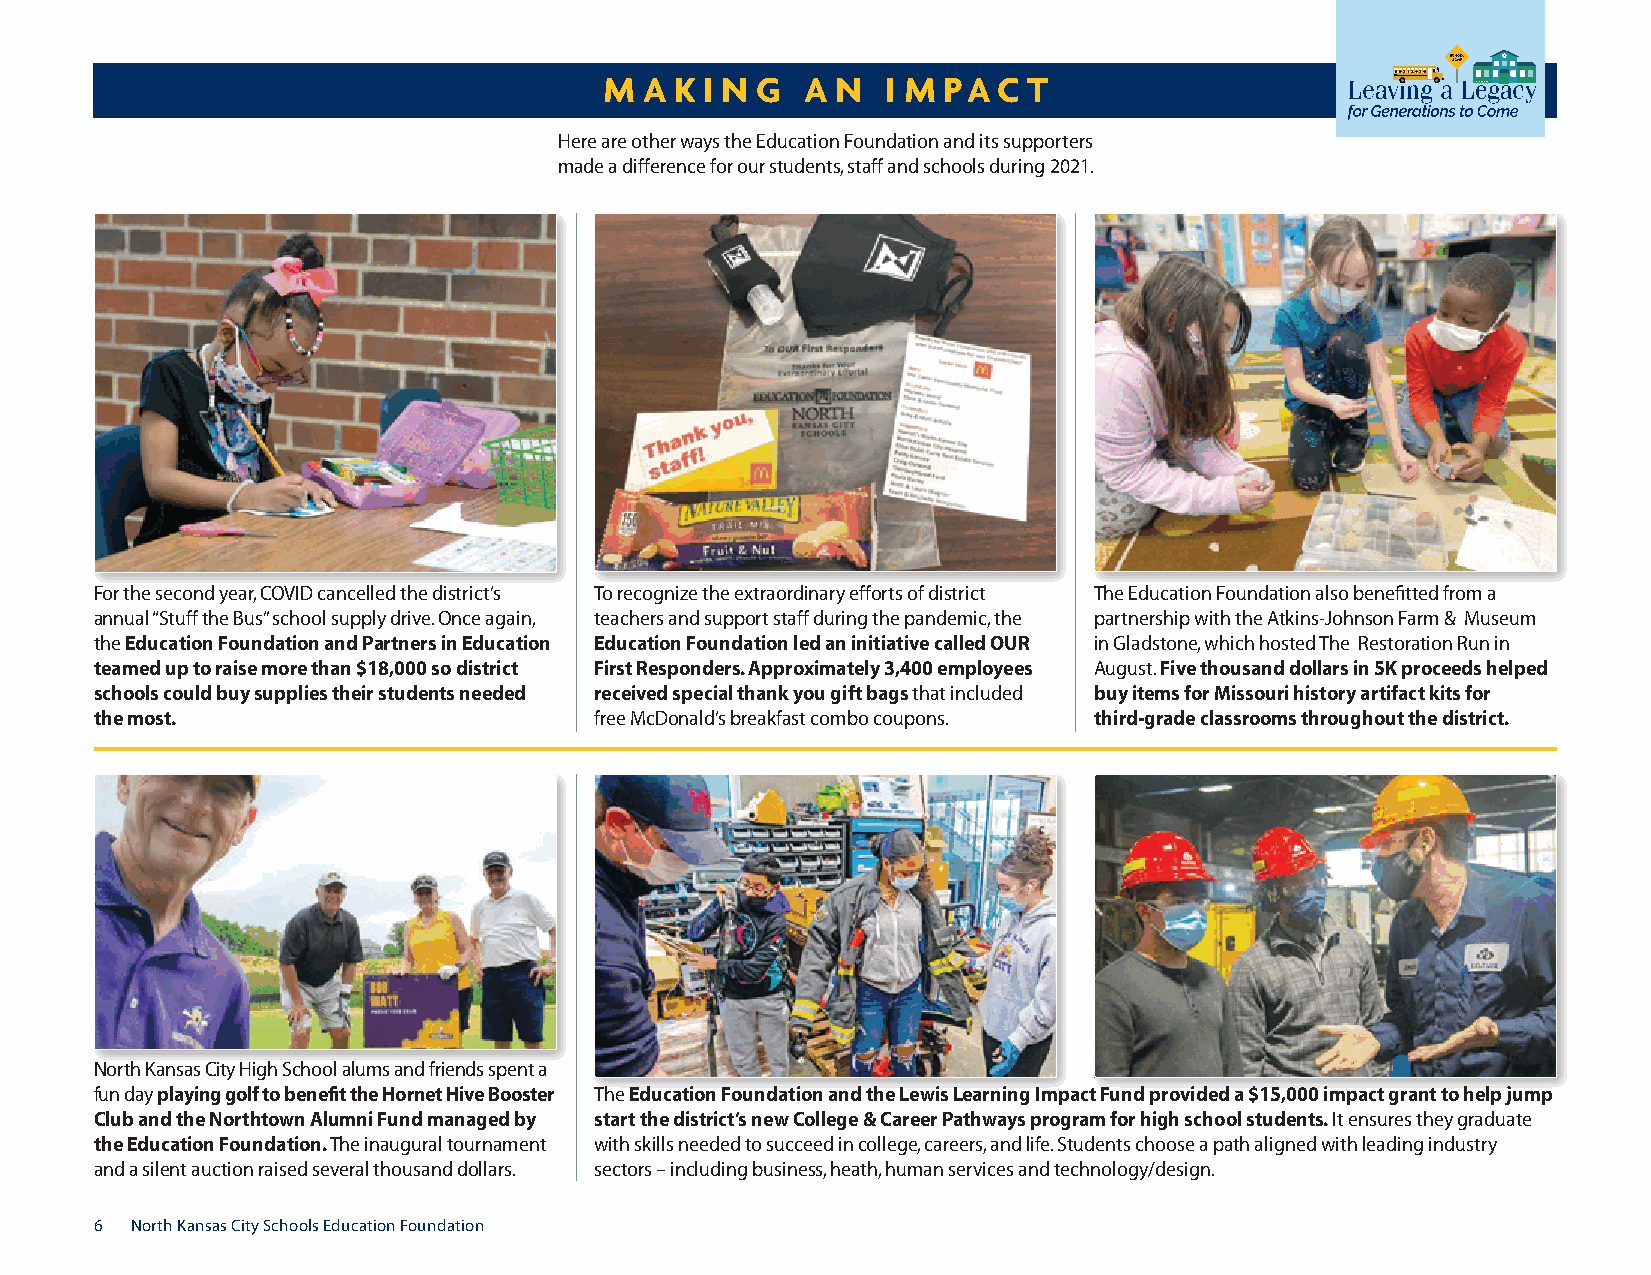
m  a k i n G a n   i m pa c t
 Here are other ways the Education Foundation and its supporters
 made a difference for our students, staff and schools during 2021.
 For the second year, COVID cancelled the district’s To recognize the extraordinary efforts of district The Education Foundation also benefitted from a
 annual “Stuff the Bus” school supply drive. Once again, teachers and support staff during the pandemic, the partnership with the Atkins-Johnson Farm & Museum
 the Education Foundation and partners in Education Education Foundation led an initiative called ouR in Gladstone, which hosted The Restoration Run in
 teamed up to raise more than $18,000 so district First Responders. Approximately 3,400 employees August. Five thousand dollars in 5K proceeds helped
 schools could buy supplies their students needed received special thank you gift bags that included buy items for Missouri history artifact kits for
 the most.                        free McDonald’s breakfast combo coupons. third-grade classrooms throughout the district.
 North Kansas City High School alums and friends spent a
 fun day playing golf to benefit the Hornet Hive Booster The Education Foundation and the lewis learning impact Fund provided a $15,000 impact grant to help jump
 Club and the northtown Alumni Fund managed by start the district’s new College & Career pathways program for high school students. It ensures they graduate
 the Education Foundation. The inaugural tournament with skills needed to succeed in college, careers, and life. Students choose a path aligned with leading industry
 and a silent auction raised several thousand dollars. sectors – including business, heath, human services and technology/design.
 6  North Kansas City Schools Education Foundation